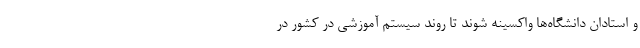
و استادان دانشگاه‌ها واکسینه شوند تا روند سیستم آموزشی در کشور در